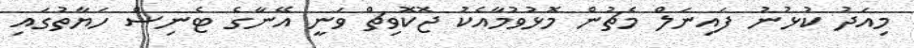
މިއަދު ކުޅުނު ފައިނަލް މެޗުން މޮޅުވުމާއެކު ޖޮކޮވިޗް ވަނީ އޭނާގެ ޓެނިސް ހަޔާތުގައި